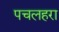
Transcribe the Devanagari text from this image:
पचलहरा